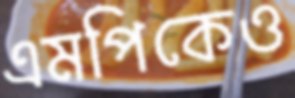
এমপিকেও